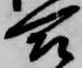
合